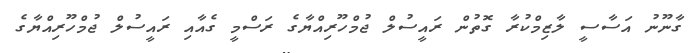
ގާނޫނު އަސާސީ ލާޒިމްކުރާ ގޮތުން ރައީސުލް ޖުމްހޫރިއްޔާގެ ރަސްމީ ގެއާއި ރައީސުލް ޖުމްހޫރިއްޔާގެ